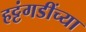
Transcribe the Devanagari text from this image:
हट्टंगडींच्या